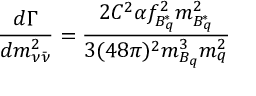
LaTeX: \frac { d \Gamma } { d m _ { \nu \bar { \nu } } ^ { 2 } } = \frac { 2 C ^ { 2 } \alpha f _ { B _ { q } ^ { * } } ^ { 2 } m _ { B _ { q } ^ { * } } ^ { 2 } } { 3 ( 4 8 \pi ) ^ { 2 } m _ { B _ { q } } ^ { 3 } m _ { q } ^ { 2 } }